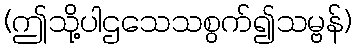
(ဤသို့ပါဌသေသစွက်၍သမ္ဗန်)